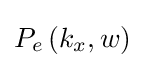
P_{e}\left(k_{x},w\right)